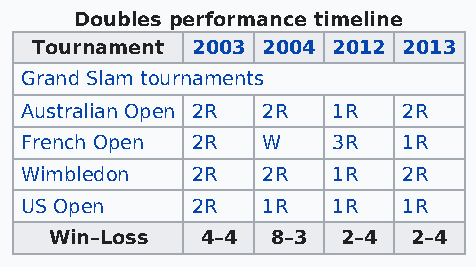
Doubles performance timeline
 Tournament 2003 2004 2012 2013
 Grand Slam tournaments
 Australian Open 2R 2R 1R  2R
 French Open 2R  W    3R   1R
 Wimbledon   2R  2R   1R   2R
 US Open     2R  1R   1R   1R
 Win–Loss  4–4  8–3  2–4 2–4